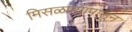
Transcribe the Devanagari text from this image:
मिसळण्यापासून